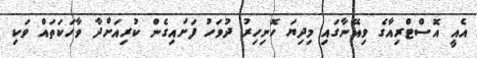
އެއީ އޮސްޓްރިއާގެ ވިއޭނާގައި މިދިޔަ ހޮނިހިރު ދުވަހު ފަށައިގެން ކުރިއަށްދާ ވާހަކަތައް ވަކި